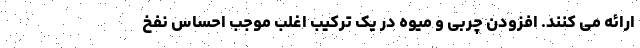
ارائه می کنند. افزودن چربی و میوه در یک ترکیب اغلب موجب احساس نفخ